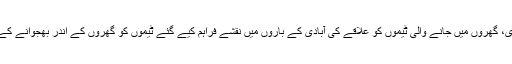
"پانچ سال سے کم عمر بچوں کی مردم شماری، گھروں میں جانے والی ٹیموں کو علاقے کی آبادی کے باروں میں نقشے فراہم کیے گئے ٹیموں کو گھروں کے اندر بھجوانے کے لیے مقامی خواتین کو اس میں شامل کیا گیا۔